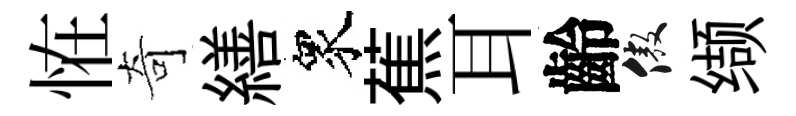
恠奇繕衆蕉耳齡傲缬